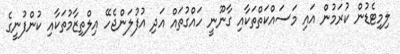
ލިމިޓެޑުން ކުރަމުން އައި މަސައްކަތްތަކާއި ގާނޫނީ ހައްގުތައް އަދި އުފުލަންޖެހޭ އިލްތިޒާމުތަކާއި ކުންފުނީގެ